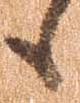
も